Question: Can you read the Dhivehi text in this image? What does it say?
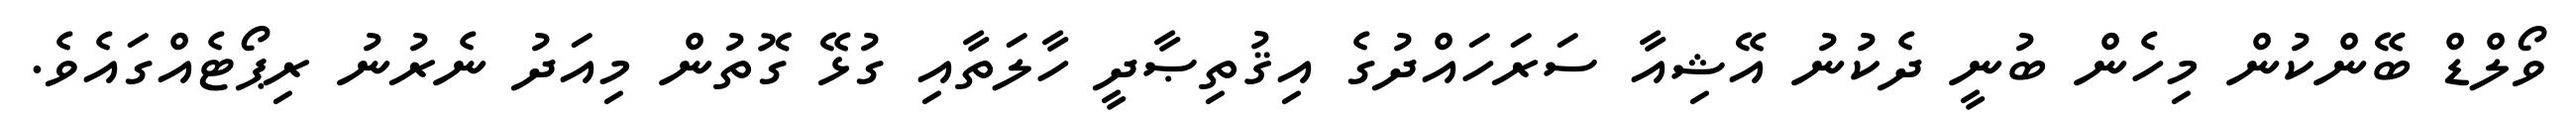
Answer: ވޯލްޑް ބޭންކުން މިހެން ބުނީ ދެކުނު އޭޝިއާ ސަރަހައްދުގެ އިޤުތިޞާދީ ހާލަތާއި ގުޅޭ ގޮތުން މިއަދު ނެރުނު ރިޕޯޓެއްގައެވެ.